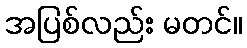
အပြစ်လည်း မတင်။